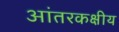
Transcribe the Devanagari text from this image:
आंतरकक्षीय